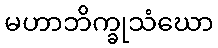
မဟာဘိက္ခုသံဃော